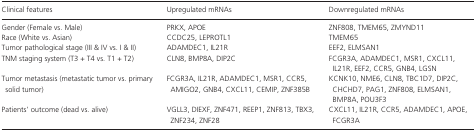
<table><thead><tr><td><b>Clinical features</b></td><td><b>Upregulated mRNAs</b></td><td><b>Downregulated mRNAs</b></td></tr></thead><tbody><tr><td>Gender (Female vs. Male)</td><td>PRKX, APOE</td><td>ZNF808, TMEM65, ZMYND11</td></tr><tr><td>Race (White vs. Asian)</td><td>CCDC25, LEPROTL1</td><td>TMEM65</td></tr><tr><td>Tumor pathological stage (III &amp; IV vs. I &amp; II)</td><td>ADAMDEC1, IL21R</td><td>EEF2, ELMSAN1</td></tr><tr><td>TNM staging system (T3 + T4 vs. T1 + T2)</td><td>CLN8, BMP8A, DIP2C</td><td>FCGR3A, ADAMDEC1, MSR1, CXCL11, IL21R, EEF2, CCR5, GNB4, LGSN</td></tr><tr><td>Tumor metastasis (metastatic tumor vs. primary solid tumor)</td><td>FCGR3A, IL21R, ADAMDEC1, MSR1, CCR5, AMIGO2, GNB4, CXCL11, CEMIP, ZNF385B</td><td>KCNK10, NME6, CLN8, TBC1D7, DIP2C, CHCHD7, PAG1, ZNF808, ELMSAN1, BMP8A, POU3F3</td></tr><tr><td>Patients&#x27; outcome (dead vs. alive)</td><td>VGLL3, DIEXF, ZNF471, REEP1, ZNF813, TBX3, ZNF234, ZNF28</td><td>CXCL11, IL21R, CCR5, ADAMDEC1, APOE, FCGR3A</td></tr></tbody></table>